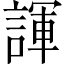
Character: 諢